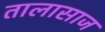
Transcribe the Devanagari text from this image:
तालासाज